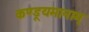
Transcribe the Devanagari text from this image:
कण्डूयमानाम्